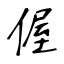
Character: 偓